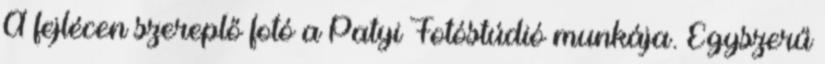
A fejlécen szereplő fotó a Patyi Fotóstúdió munkája. Egyszerű